Report on vaccination in Madras 1922-1929 - 1922-1929
Year: 1922
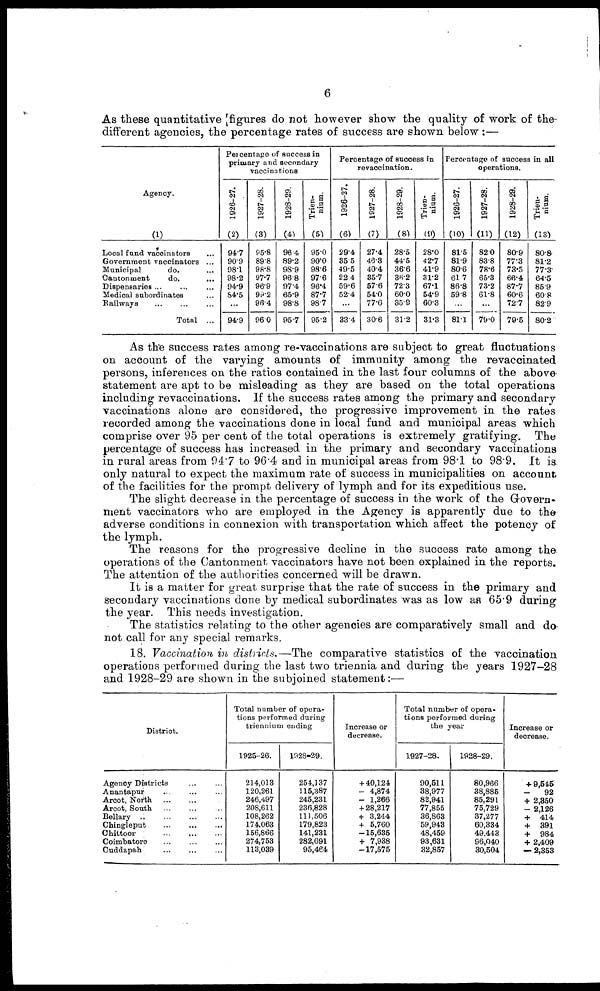
6
As these quantitative figures do not however show the quality of work of the
different agencies, the percentage rates of success are shown below :—
Agency.
(1)
Local fund vaccinators ...
Government vaccinators ...
Municipal
do. ...
Cantonment
do. ...
Dispensaries ... ... ...
Medical subordinates ...
Railways ... ... ...
Total ...
Percentage of success in
primary and secondary
vaccinations
1926-27.
(2)
94.7
90.9
98.1
98.2
94.9
84.5
...
94.9
1927-28.
(3)
95.8
89.8
98.8
97.7
96.9
99.2
96.4
96.0
1928-29.
(4)
96.4
89.2
98.9
96.8
97.4
65.9
98.8
95.7
Trien¬
nium.
(5)
95.0
90.0
98.6
97.6
96.4
87.7
98.7
95.2
Percentage of success in
revaccination.
1926-27.
(6)
29.4
85.5
49.5
22.4
59.6
52.4
...
33.4
1927-28.
(7)
27.4
46.8
40.4
35.7
57.6
54.0
77.6
30.6
1928-29.
(8)
28.5
44.5
36.6
36.2
72.3
60.0
35.9
31.2
Trien¬
nium.
(9)
28.0
42.7
41.9
31.2
67.1
54.9
60.3
31.3
Percentage of success in all
operations.
1926-27.
(10)
81.5
81.9
80.6
61.7
86.8
59.8
...
81.1
1927-28.
(11)
82.0
83.8
78.6
65.3
73.2
61.8
...
79.0
1928-29.
(12)
80.9
77.3
73.5
66.4
87.7
60.6
72.7
79.5
Trien¬
nium.
(13)
80.8
81.2
77.3
64.5
85.9
60.8
82.9
80.2
As the success rates among re-vaccinations are subject to great fluctuations
on account of the varying amounts of immunity among the revaccinated
persons, inferences on the ratios contained in the last four columns of the above
statement are apt to be misleading as they are based on the total operations
including revaccinations. If the success rates among the primary and secondary
vaccinations alone are considered, the progressive improvement in the rates
recorded among the vaccinations done in local fund and municipal areas which
comprise over 95 per cent of the total operations is extremely gratifying. The
percentage of success has increased in the primary and secondary vaccinations
in rural areas from 94.7 to 96.4 and in municipal areas from 98.1 to 98.9. It is.
only natural to expect the maximum rate of success in municipalities on account
of the facilities for the prompt delivery of lymph and for its expeditious use.
The slight decrease in the percentage of success in the work of the Govern¬
ment vaccinators who are employed in the Agency is apparently due to the
adverse conditions in connexion with transportation which affect the potency of
the lymph.
The reasons for the progressive decline in the success rate among the
operations of the Cantonment vaccinators have not been explained in the reports.
The attention of the authorities concerned will be drawn.
It is a matter for great surprise that the rate of success in the primary and
secondary vaccinations done by medical subordinates was as low as 65.9 during
the year. This needs investigation.
The statistics relating to the other agencies are comparatively small and do
not call for any special remarks.
18. Vaccination in districts.—The comparative statistics of the vaccination
operations performed during the last two triennia and during the years 1927-28
and 1928-29 are shown in the subjoined statement:—
District.
Agency Districts ... ...
Anantapur
...
...
...
Arcot, North ... ... ...
Arcot, South ... ... ...
Bellary...
...
...
...
Chingleput
...
...
...
Chittoor
...
...
...
Coimbatore
...
...
...
Cuddapah
...
...
...
Total number of opera-
tions performed during
triennium ending
1925-26.
214,013
120,261
246,497
208,611
108,262
174,063
156,866
274,753
113,039
1928-29.
254,137
115,387
245,231
236,828
111,506
179,823
141,231
282,691
95,464
Increase or
decrease.
+ 40,124
— 4,874
— 1,266
+ 28,217
+ 3,244
+ 5,760
—15,635
+ 7,938
—17,575
Total number of opera-
tions performed during
the year
1927-28.
90,511
38,977
82,941
77,855
36,863
59,943
48,459
93,631
32,857
1928-29.
80,966
38,885
85,291
75,729
37,277
60,334
49,443
96,040
30,504
Increase or
decrease.
+ 9,515
— 92
+ 2,350
— 2,126
+ 414
+ 391
+ 984
+ 2,409
— 2,353